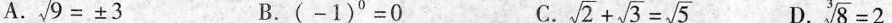
A. $$\sqrt{9}= \pm 3$$ B.(-1)°=0 C. $$\sqrt{2}+ \sqrt{3}= \sqrt{5}$$ D. $$\sqrt[3]{8}=2$$